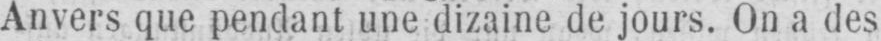
Anvers que pendant une dizaine de jours. On a des